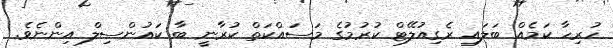
ހުރިހާ ކަމެއް ބަލައި ރެގިއުލޭޓް ކުރުމުގެ މަސައްކަތް ކުރާނީ ބާ ކައުންސިލް އިންނެވެ.